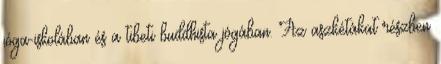
jóga-iskolában és a tibeti buddhista jógában. Az aszkétákat részben